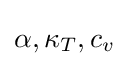
\alpha ,\kappa _{T},c_{v}